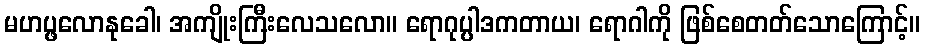
မဟပ္ဖလောနုခေါ၊ အကျိုးကြီးလေသလော။ ရောဂုပ္ပါဒကတာယ၊ ရောဂါကို ဖြစ်စေတတ်သောကြောင့်။